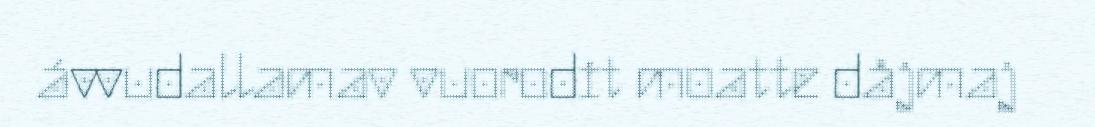
ávvudallamav vuorodit moatte dåjmaj